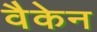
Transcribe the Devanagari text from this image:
वैकेन